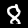
Digit: 8